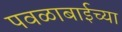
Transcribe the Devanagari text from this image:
पवळाबाईच्या